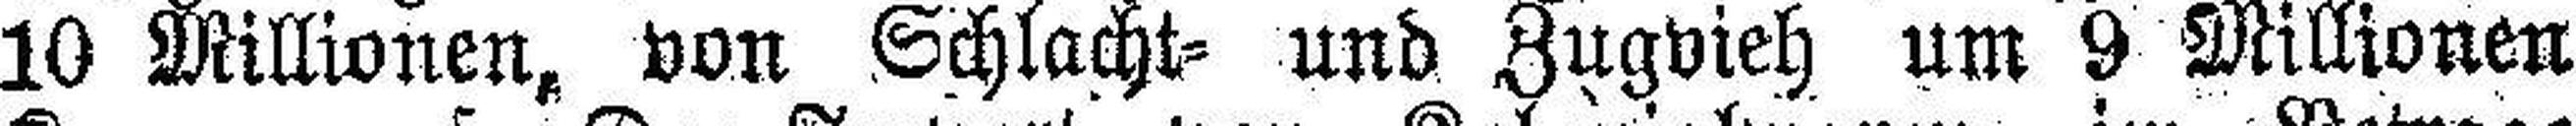
10 Millionen, von Schlacht= und Zugvieh um 9 Millionen